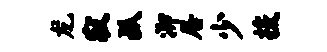
龙寂孤泖居少援